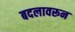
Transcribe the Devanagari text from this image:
बदलावरून